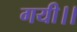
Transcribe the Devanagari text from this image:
गयी।।